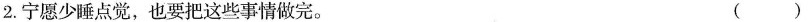
2.宁愿少睡点觉，也要把这些事情做完。 ()